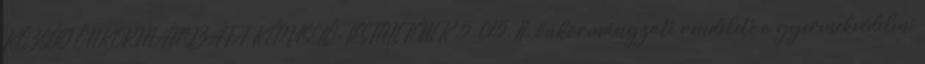
KÖZSÉG ÖNKORMÁNYZATA KÉPVISELŐ-TESTÜLETÉNEK 5 015. II. önkormányzati rendelete a gyermekvédelmi